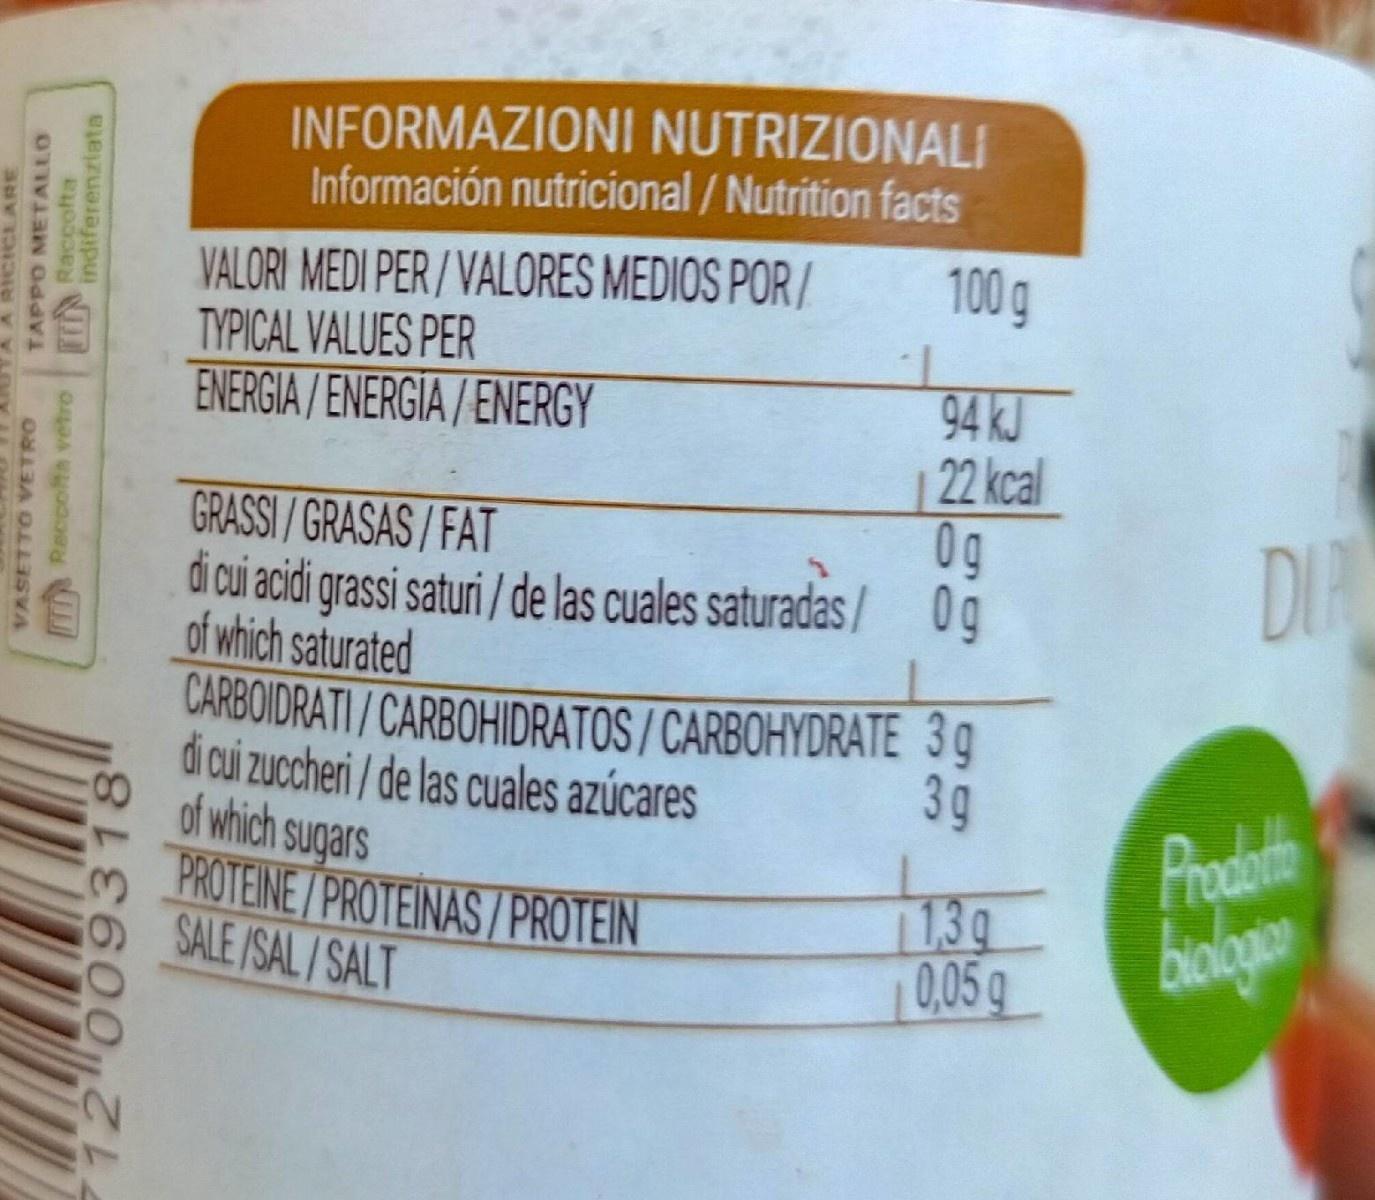
INFORMAZIONI NUTRIZIONALI Información nutricional/Nutrition facts
VALORI MEDI PER / VALORES MEDIOS POR/ TYPICAL VALUES PER ENERGIA/ENERGIA/ENERGY
100 g
94 kJ 22 kcal 0g
GRASSI/GRASAS/ FAT di cui acidi grassi saturi / de las cuales saturadas/ Og of which saturated CARBOIDRATI/CARBOHIDRATOS / CARBOHYDRATE 3g di cui zucheri / de las cuales azúcares of which sugars PROTEINE/PROTEINAS/PROTEIN SALE /SAL/SALT
DIR
3g
| 13g 0,05g
Prodath biologan
CICLARE
VASETTO VETRO
TAPPO METALLO
Reccofta vetro Fr Raccofta indiferenziata
12 009318